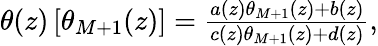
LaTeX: \begin{array}{r}{\theta(z)\left[\theta_{M+1}(z)\right]=\frac{a(z)\theta_{M+1}(z)+b(z)}{c(z)\theta_{M+1}(z)+d(z)},}\end{array}